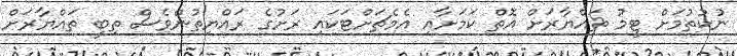
ނުކުތުމަށް ޓީމު ތައްޔާރަށް އޮތް ކަމަށާއި އެމެޗަށްޓަކައި ރަށުގެ ރައްޔިތުންވެސް ތިބީ ތައްޔާރަށް